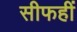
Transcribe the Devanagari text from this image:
सीफहीं